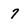
Character: 7